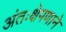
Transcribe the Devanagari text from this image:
अंतःक्षेपणाने